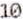
10